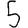
Digit: 5